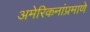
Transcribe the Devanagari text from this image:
अमेरिकनांप्रमाणे